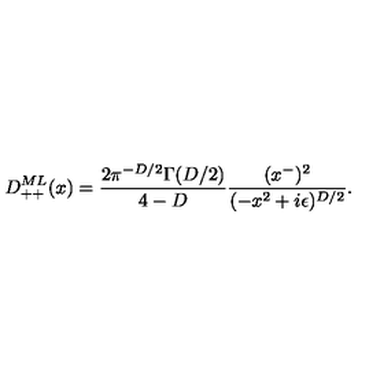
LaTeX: D _ { + + } ^ { M L } ( x ) = { \frac { 2 \pi ^ { - D / 2 } \Gamma ( D / 2 ) } { 4 - D } } { \frac { ( x ^ { - } ) ^ { 2 } } { ( - x ^ { 2 } + i \epsilon ) ^ { D / 2 } } } .